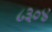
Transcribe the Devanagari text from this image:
८३०४